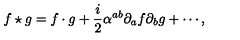
f \star g = f \cdot g + \frac { i } { 2 } \alpha ^ { a b } \partial _ { a } f \partial _ { b } g + \cdots ,